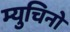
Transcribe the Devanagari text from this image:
म्युचिनो